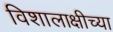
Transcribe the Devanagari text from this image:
विशालाक्षीच्या